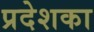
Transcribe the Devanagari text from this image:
प्रदेशका